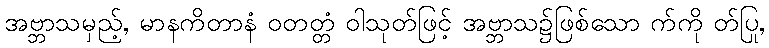
အဗ္ဘာသမှည့်, မာနကိတာနံ ဝတတ္တံ ဝါသုတ်ဖြင့် အဗ္ဘာသ၌ဖြစ်သော က်ကို တ်ပြု,